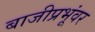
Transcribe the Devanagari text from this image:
बाजीप्रभूंवर